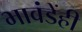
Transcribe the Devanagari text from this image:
भावंडेंही